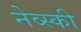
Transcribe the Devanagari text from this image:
नेव्स्की